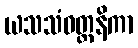
ယသသံဝတ္တနိကာ